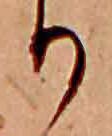
り